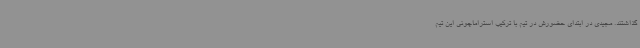
گذاشتند. مجیدی در ابتدای حضورش در تیم با ترکیب استراماچونی این تیم